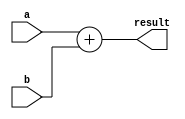
module half_precision_fp_addition(
    input [15:0] a,
    input [15:0] b,
    output reg [15:0] result
);

always @(*) begin
    result = a + b;
end

endmodule